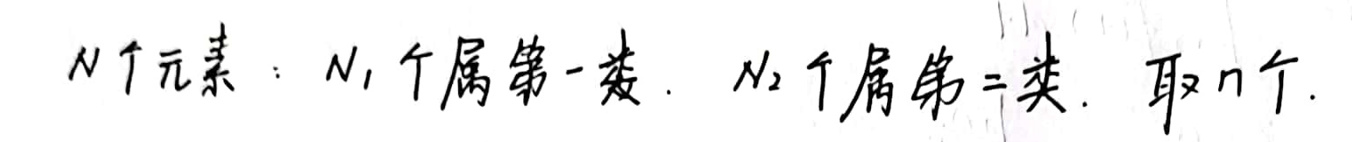
$N$个元素：$N_1$个属第一类，$N_2$个属第二类，取$n$个.